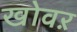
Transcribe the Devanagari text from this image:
खोवऱ